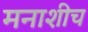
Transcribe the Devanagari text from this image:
मनाशीच